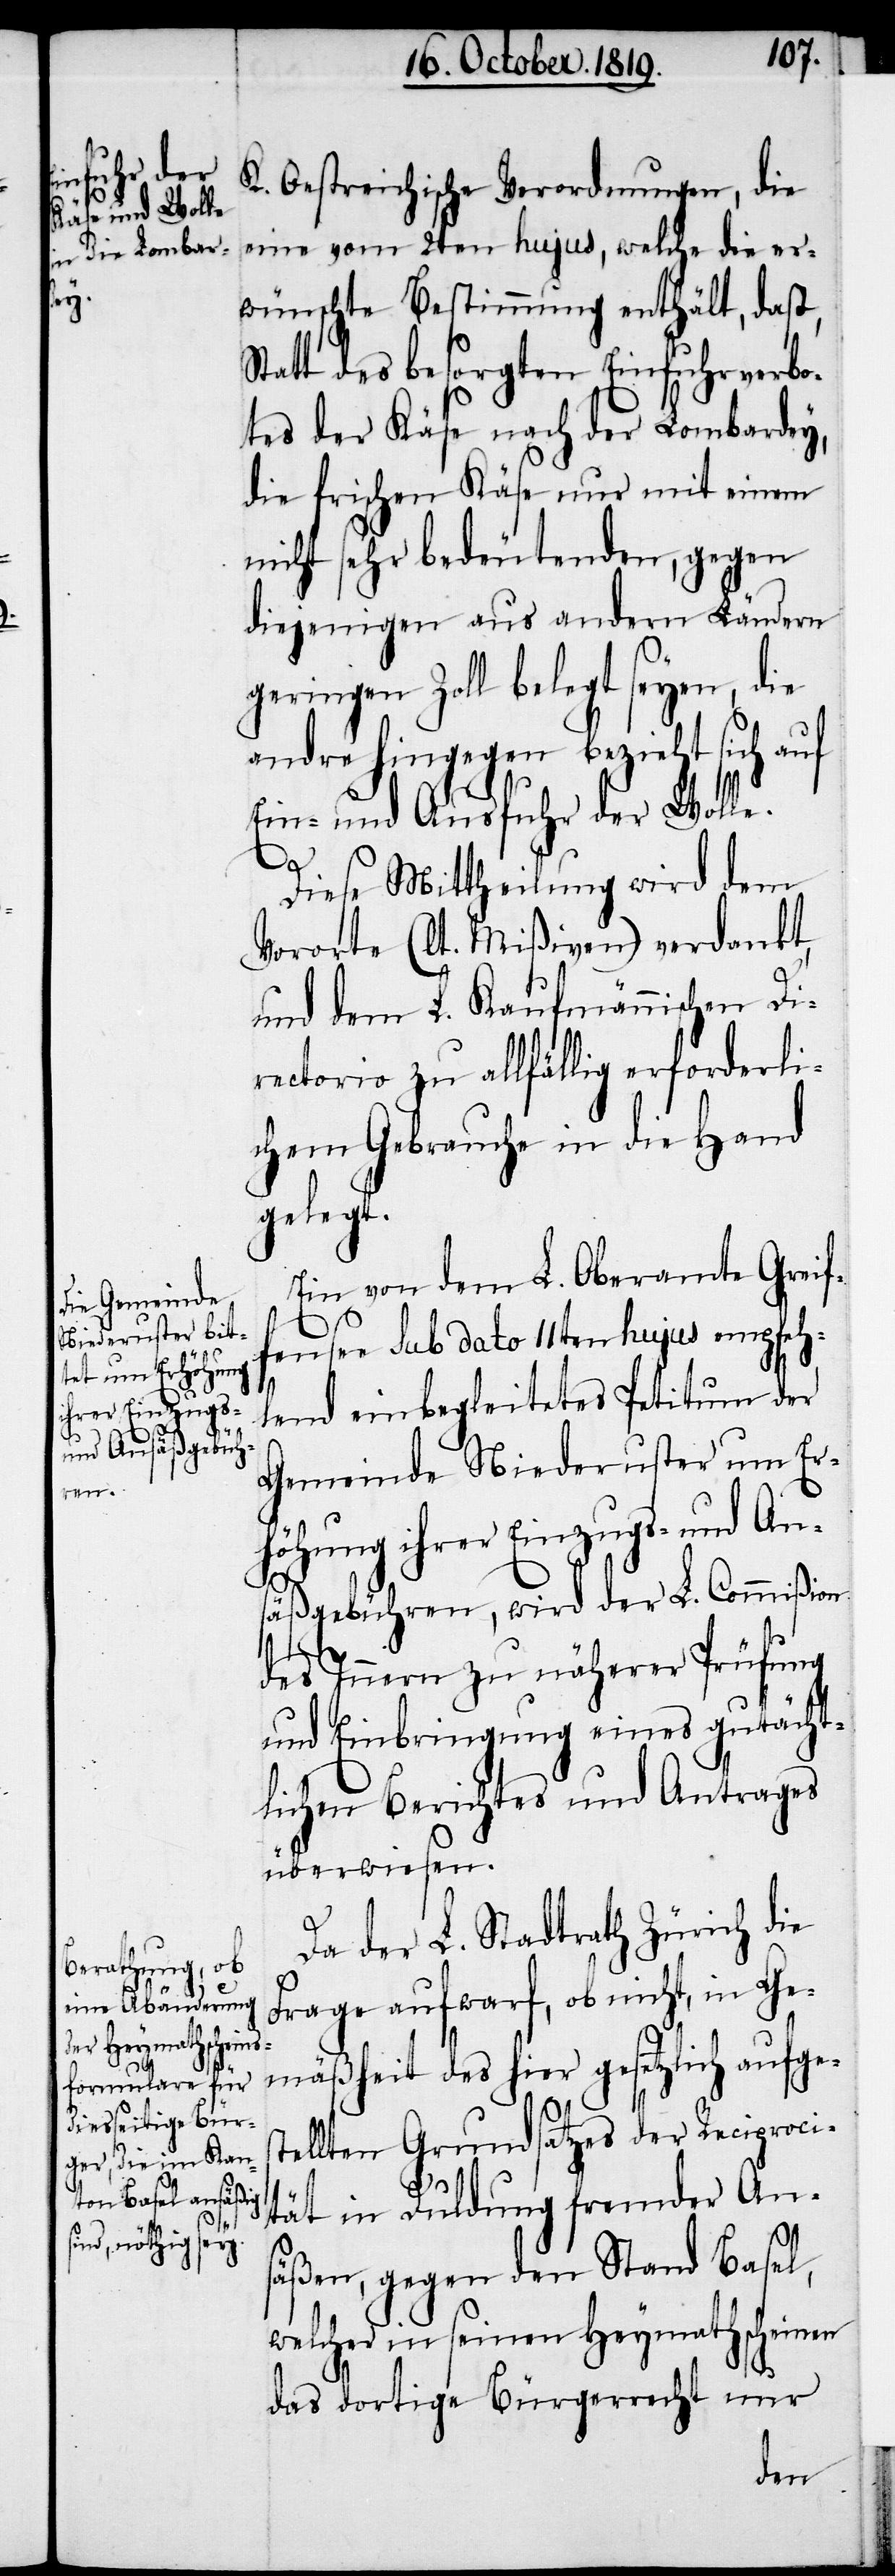
K. Oestreichische Verordnungen, die
eine vom 2ten hujus, welche die er¬
wünschte Bestimmung enthält, dass,
Statt des besorgten Einfuhrverbo¬
tes des Käse nach der Lombardey,
die frischen Käse nur mit einem
nicht sehr bedeutenden, gegen
diejenigen aus andern Ländern
geringen Zoll belegt seyen, die
andre hingegen bezieht sich auf
Ein- und Ausfuhr der Wolle.
Diese Mittheilung wird dem
Vororte (lt. Mißiven) verdankt,
und dem L. Kaufmännischen Di¬
rectorio zu allfällig erforderli¬
chem Gebrauche in die Hand
gelegt.
Ein von dem L. Oberamte Greif¬
fensee sub dato 11ten hujus empfeh¬
lend einbegleitetes Petitum der
Gemeinde Niederuster um Er¬
höhung ihrer Einzugs- und An¬
säßgebühren, wird der L. Commißion
des Innern zu näherer Prüfung
und Einbringung eines gutächt¬
lichen Berichtes und Antrages
überwiesen.
Da der L. Stadtrath Zürich die
Frage aufwarf, ob nicht, in Ge¬
mäßheit des hier gesetzlich aufge¬
s¬
tellten Grundsatzes der Reciproci¬
tät in Duldung fremder Ans¬
äßen, gegen den Stand Basel,
welcher in seinen Heymathscheinen
das dortige Bürgerrecht nur